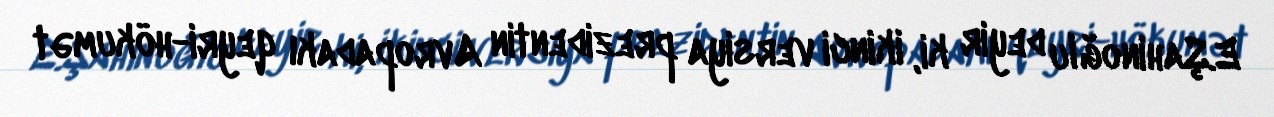
E.Şahinoğlu deyir ki, ikinci versiya prezidentin Avropadakı qeyri-hökumət